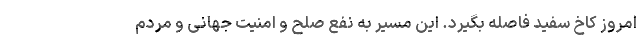
امروز کاخ سفید فاصله بگیرد. این مسیر به نفع صلح و امنیت جهانی و مردم